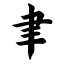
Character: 聿